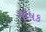
પોષક